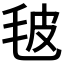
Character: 𣬼